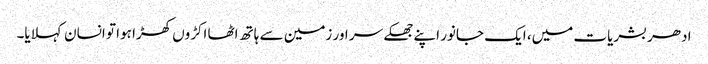
ادھر بشریات میں، ایک جانور اپنے جھکے سر اور زمین سے ہاتھ اٹھا اکڑوں کھڑا ہوا تو انسان کہلایا۔